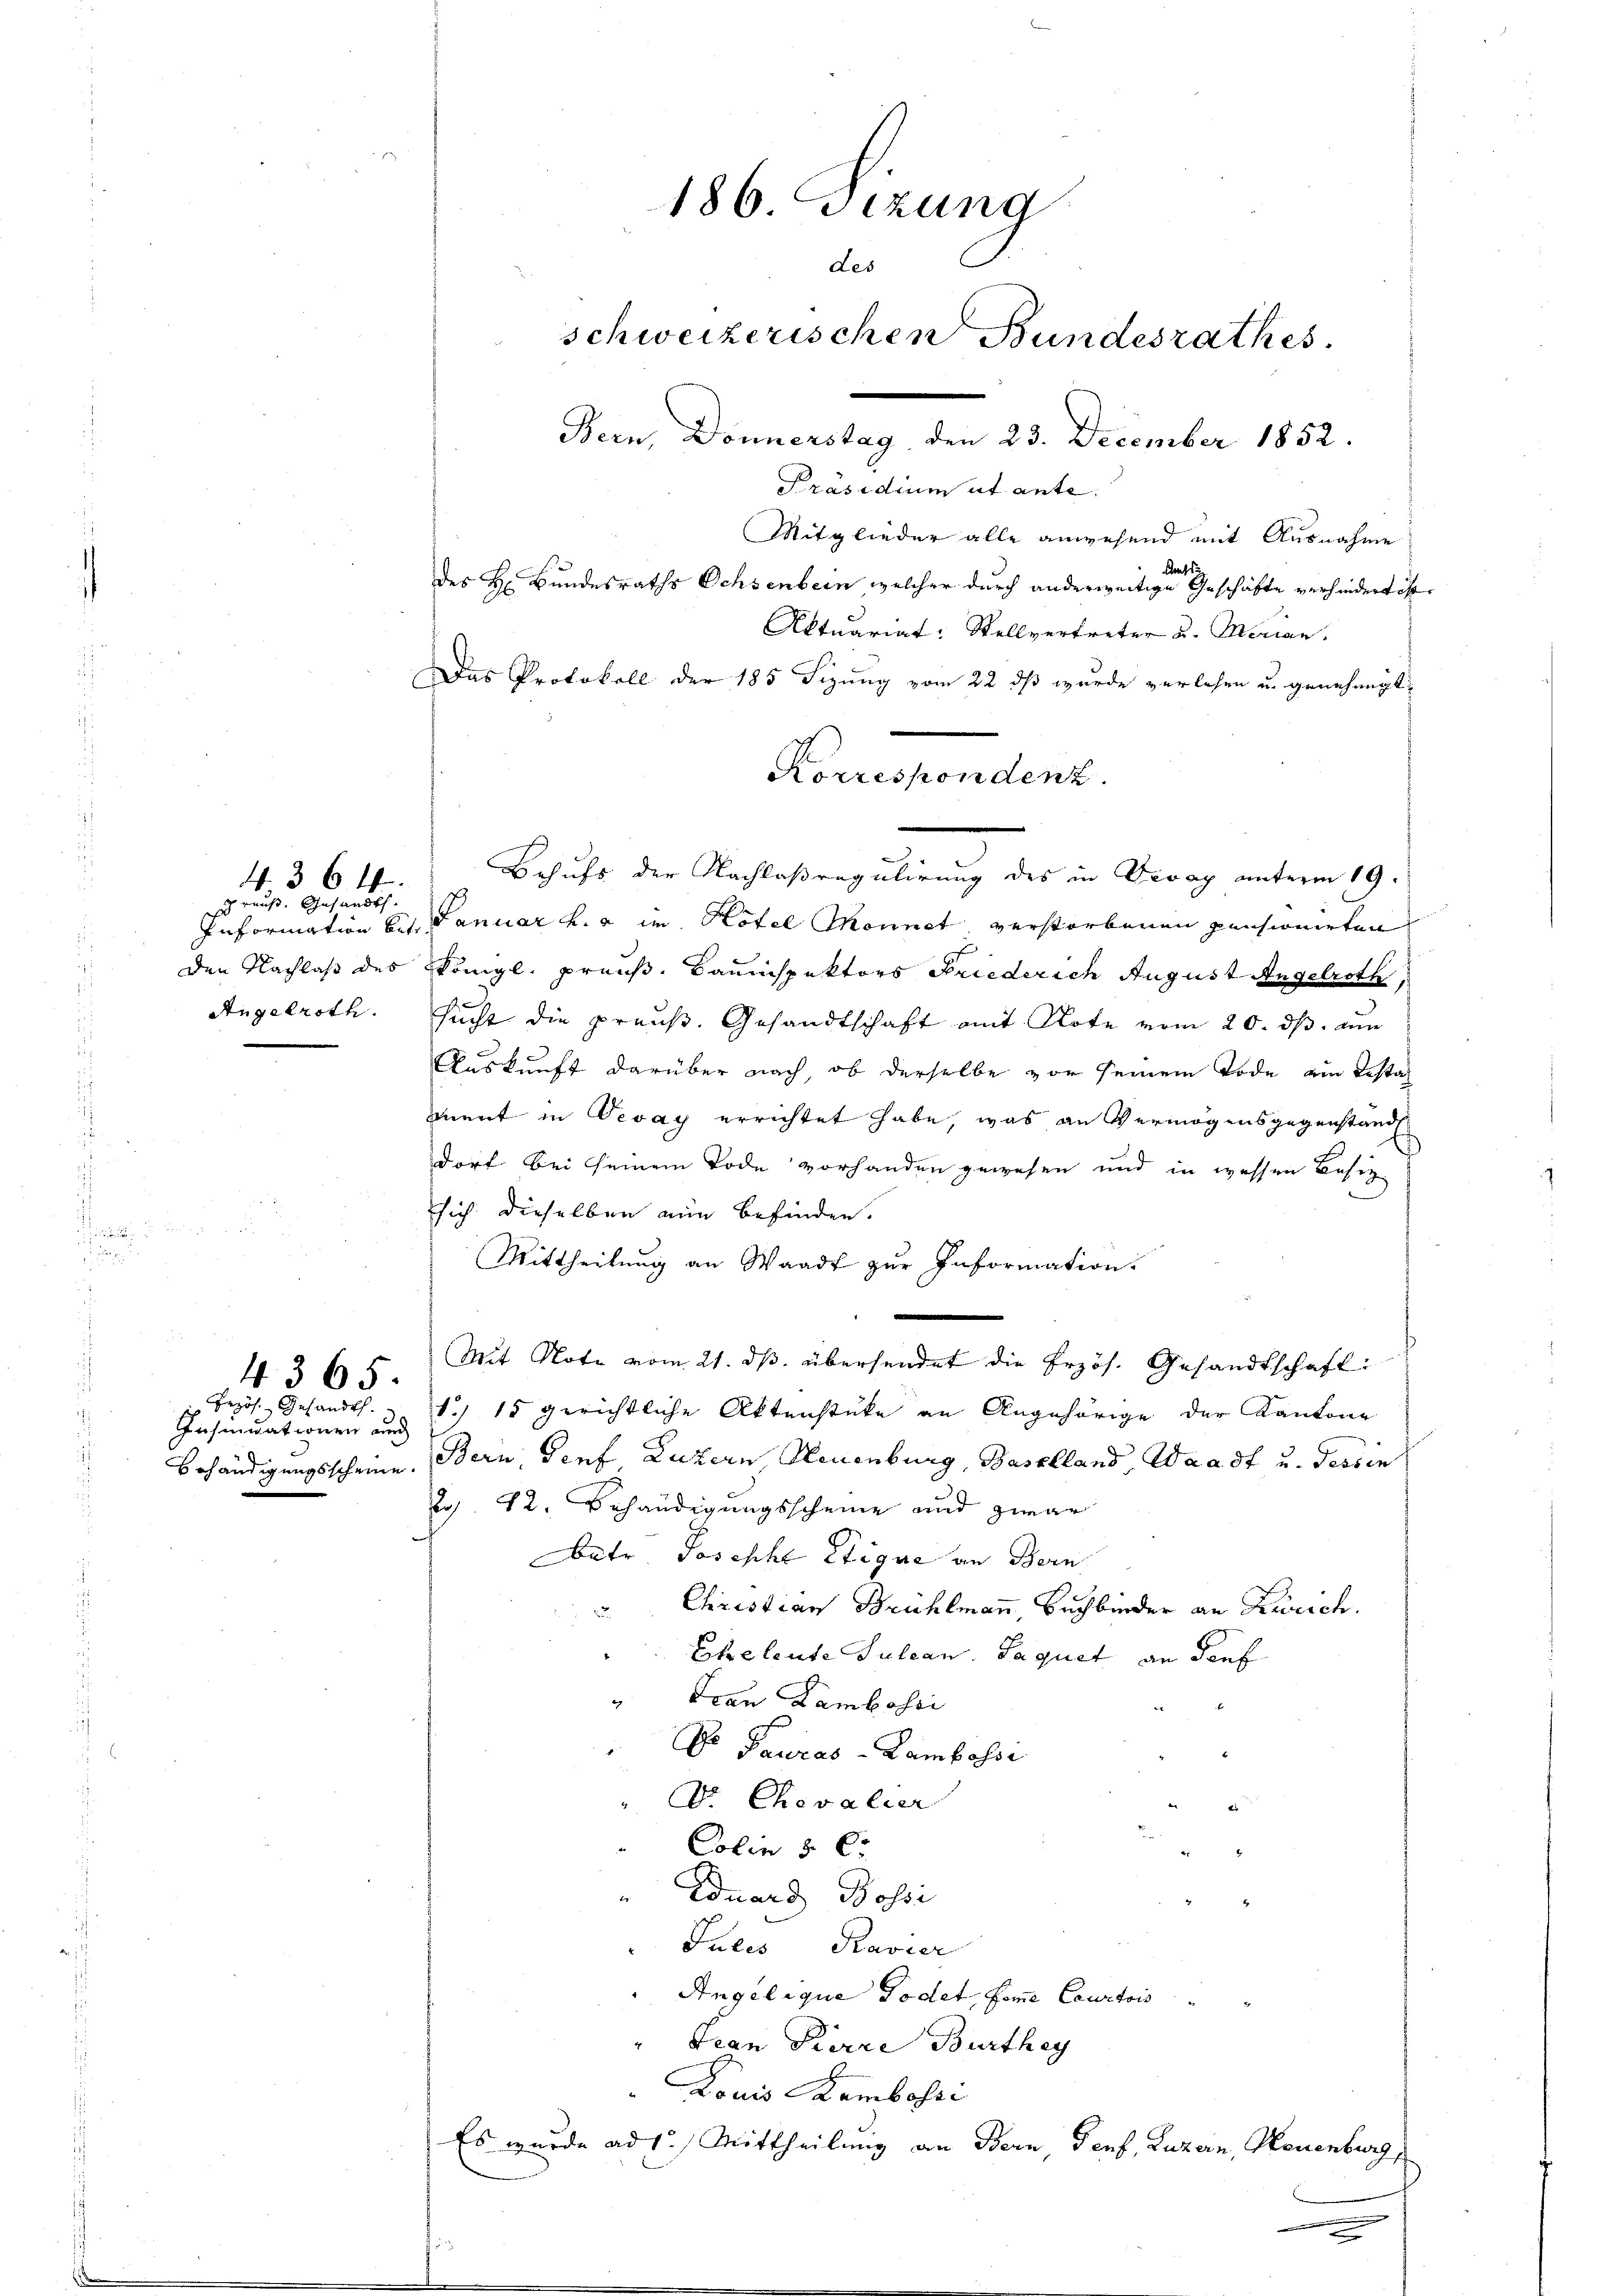
4. 36 ff.

4365.

ch muß. Gesandthe
Information betr.
Angelroth.

186 Sitzung
Les
schweizerischen Bundesrathes
Bern, Donnerstag, den 23. December 1852.
Präsidium et ante.

Mitglieder alle anwesend mit Ausnahme
Amts
des H. Bundesraths Ochsenbein welcher durch anderweitige Geschäfte verhindert ist
Aktuariat: Stellvertreter u. Merian
Das Protokoll der 185 Sizung vom 22 dß wurde verlesen u. genehmigt,
Behufs der Nachlaßregulirung des in Devay unterm 19.
Januar h. a im Hotel Monnet verstorbenen pensionirten
den Nachlaß des Königl. preuß. Bauinspektors Friederich August Angelroth,
sucht die preuß. Gesandtschaft mit Note vom 20. ds. un
Auskunft darüber nach, ob derselbe vor seinem Tode am Testal
mment in Devay errichtet habe, was an Vermögensgegenstand
dorf bei seinem Tode vorhanden gewesen und in wessen Besiz
sich dieselben nun befinden.
Mittheilung an Waadt zur Information.
.
Mit Note vom 21. ds. übersendet die Erzös. Gesandtschaft
1./ 15 gerichtliche Aktenstüke an Angehörige der Kantone
Behändigungsscheine. Bern, Genf Luzern, Neuenburg, Baselland, Waadt u. Tessin
2. 42. Behändigungsscheine und zwar
betr. Joseph Stique an Bern
Christian Brühlmann, Buchbinder an Kürsch.
Eheleute Julian. Paquet an dies
" Frau Lambossi
Es Feuras - Lambassi
v. Chevalier
Colin 5 Ct
Eduard Rossi
Jules Ravier
Angelique Todet, feine Courtois
"Jean Pierre Burthey
Louis Kembohri
Es wurde ad 1. Mittheilung an Bern, Genf, Luzern, Neuenburg,

Bezös. Gesandt.
Insinuationen und

Korrespondenz